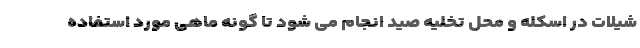
شیلات در اسکله و محل تخلیه صید انجام می شود تا گونه ماهی مورد استفاده